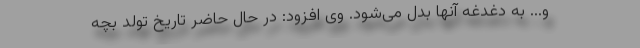
و... به دغدغه آنها بدل می‌شود. وی افزود: در حال حاضر تاریخ تولد بچه‌